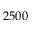
2 5 0 0